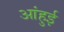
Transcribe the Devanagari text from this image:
आंहुई